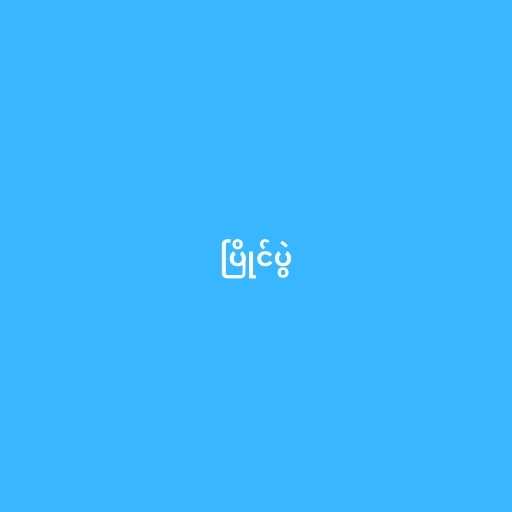
ပြိုင်ပွဲ